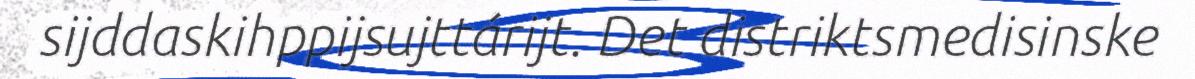
sijddaskihppijsujttárijt. Det distriktsmedisinske